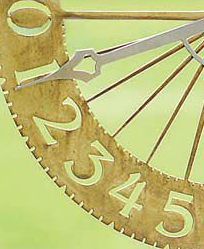
012345